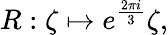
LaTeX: R:\zeta\mapsto e^{\frac{2\pi i}{3}}\zeta,